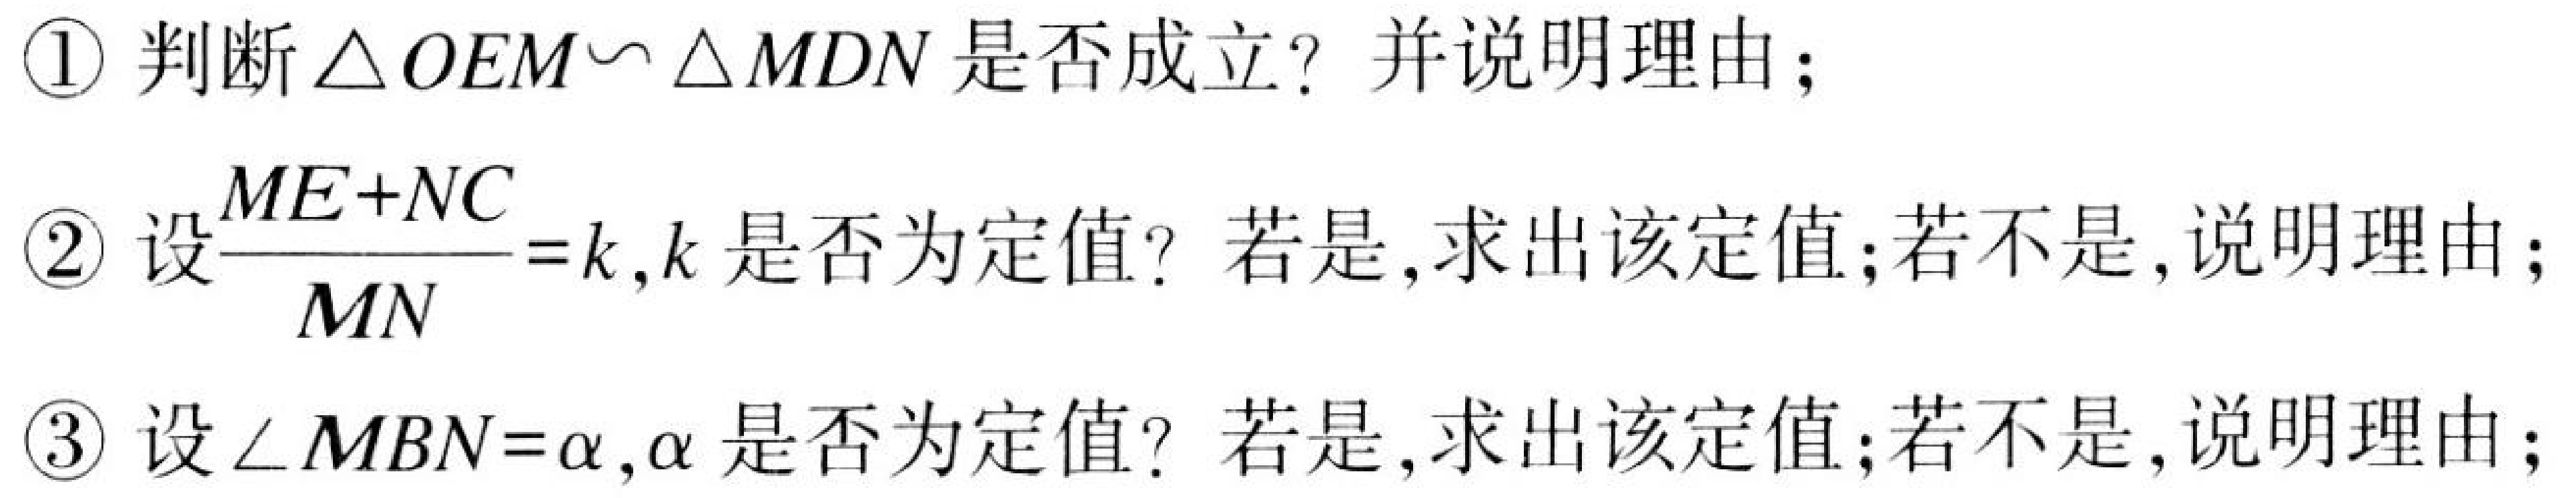
\textcircled{1} 判断$\triangle OEM\sim\triangle MDN$是否成立？并说明理由；
\textcircled{2} 设$\frac{ME + NC}{MN}=k$，$k$是否为定值？若是，求出该定值；若不是，说明理由；
\textcircled{3} 设$\angle MBN=\alpha$，$\alpha$是否为定值？若是，求出该定值；若不是，说明理由；